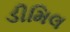
ડીમિલ